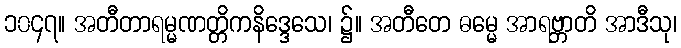
၁၀၄၇။ အတီတာရမ္မဏတ္တိကနိဒ္ဒေသေ၊ ၌။ အတီတေ ဓမ္မေ အာရဗ္ဘာတိ အာဒီသု၊